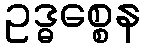
ဥဒ္ဓစ္စေန